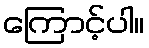
ကြောင့်ပါ။